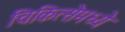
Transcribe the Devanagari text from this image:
चिकित्सेमध्ये